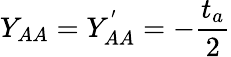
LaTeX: Y_{AA}=Y_{AA}^{'}=-\frac{t_{a}}{2}